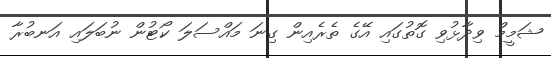
ޝަމީމް ވިދާޅުވި ގޮތުގައި އޭގެ ތެރެއިން ގިނަ މައްސަލަ ކޯޓުން ނުބަލައި އަނބުރާ